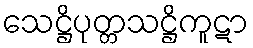
သေဋ္ဌိပုတ္တသဋ္ဌိကူဋာ